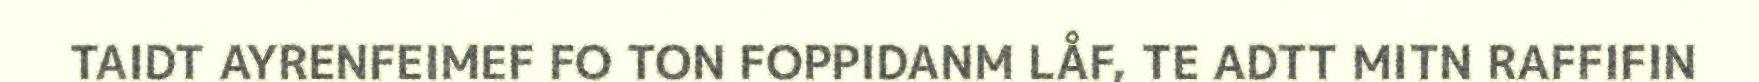
TAIDT AYRENFEIMEF FO TON FOPPIDANM LÅF, TE ADTT MITN RAFFIFIN